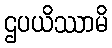
ဌပယိဿာမိ